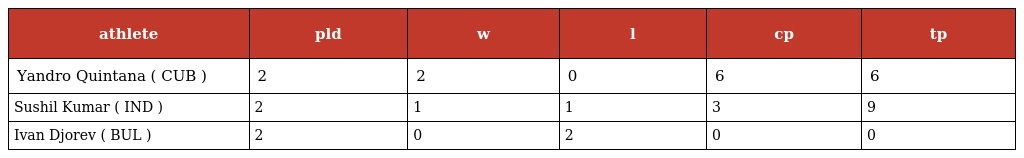
| athlete | pld | w | l | cp | tp |
 | --- | --- | --- | --- | --- | --- |
 | Yandro Quintana ( CUB ) | 2 | 2 | 0 | 6 | 6 |
 | Sushil Kumar ( IND ) | 2 | 1 | 1 | 3 | 9 |
 | Ivan Djorev ( BUL ) | 2 | 0 | 2 | 0 | 0 |